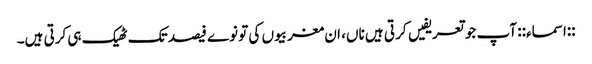
::اسماء:: آپ جو تعریفیں کرتی ہیں ناں، ان مغربیوں کی تو نوے فیصد تک ٹھیک ہی کرتی ہیں۔